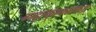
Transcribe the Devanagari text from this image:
ग्म्द्ल्क्ल्फ्भ्म्फश्र